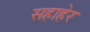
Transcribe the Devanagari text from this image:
सहाहेर